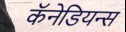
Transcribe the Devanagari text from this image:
कॅनेडियन्स